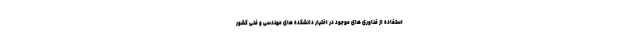
استفاده از فناوری های موجود در اختیار دانشکده های مهندسی و فنی کشور